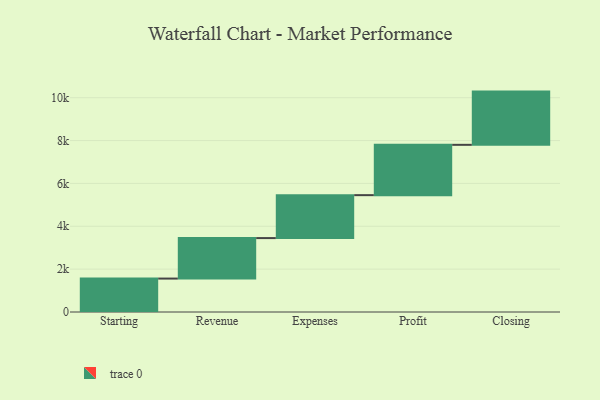
{"axis": {"x": "Step", "y": "Value"}, "legend": [""], "data": [{"x": "Starting", "y": 1560.0, "type": ""}, {"x": "Revenue", "y": 1889.0, "type": ""}, {"x": "Expenses", "y": 2004.0, "type": ""}, {"x": "Profit", "y": 2348.0, "type": ""}, {"x": "Closing", "y": 2484.0, "type": ""}]}